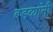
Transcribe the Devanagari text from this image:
बडव्यांनी